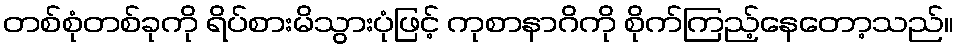
တစ်စုံတစ်ခုကို ရိပ်စားမိသွားပုံဖြင့် ကုစာနာဂိကို စိုက်ကြည့်နေတော့သည်။